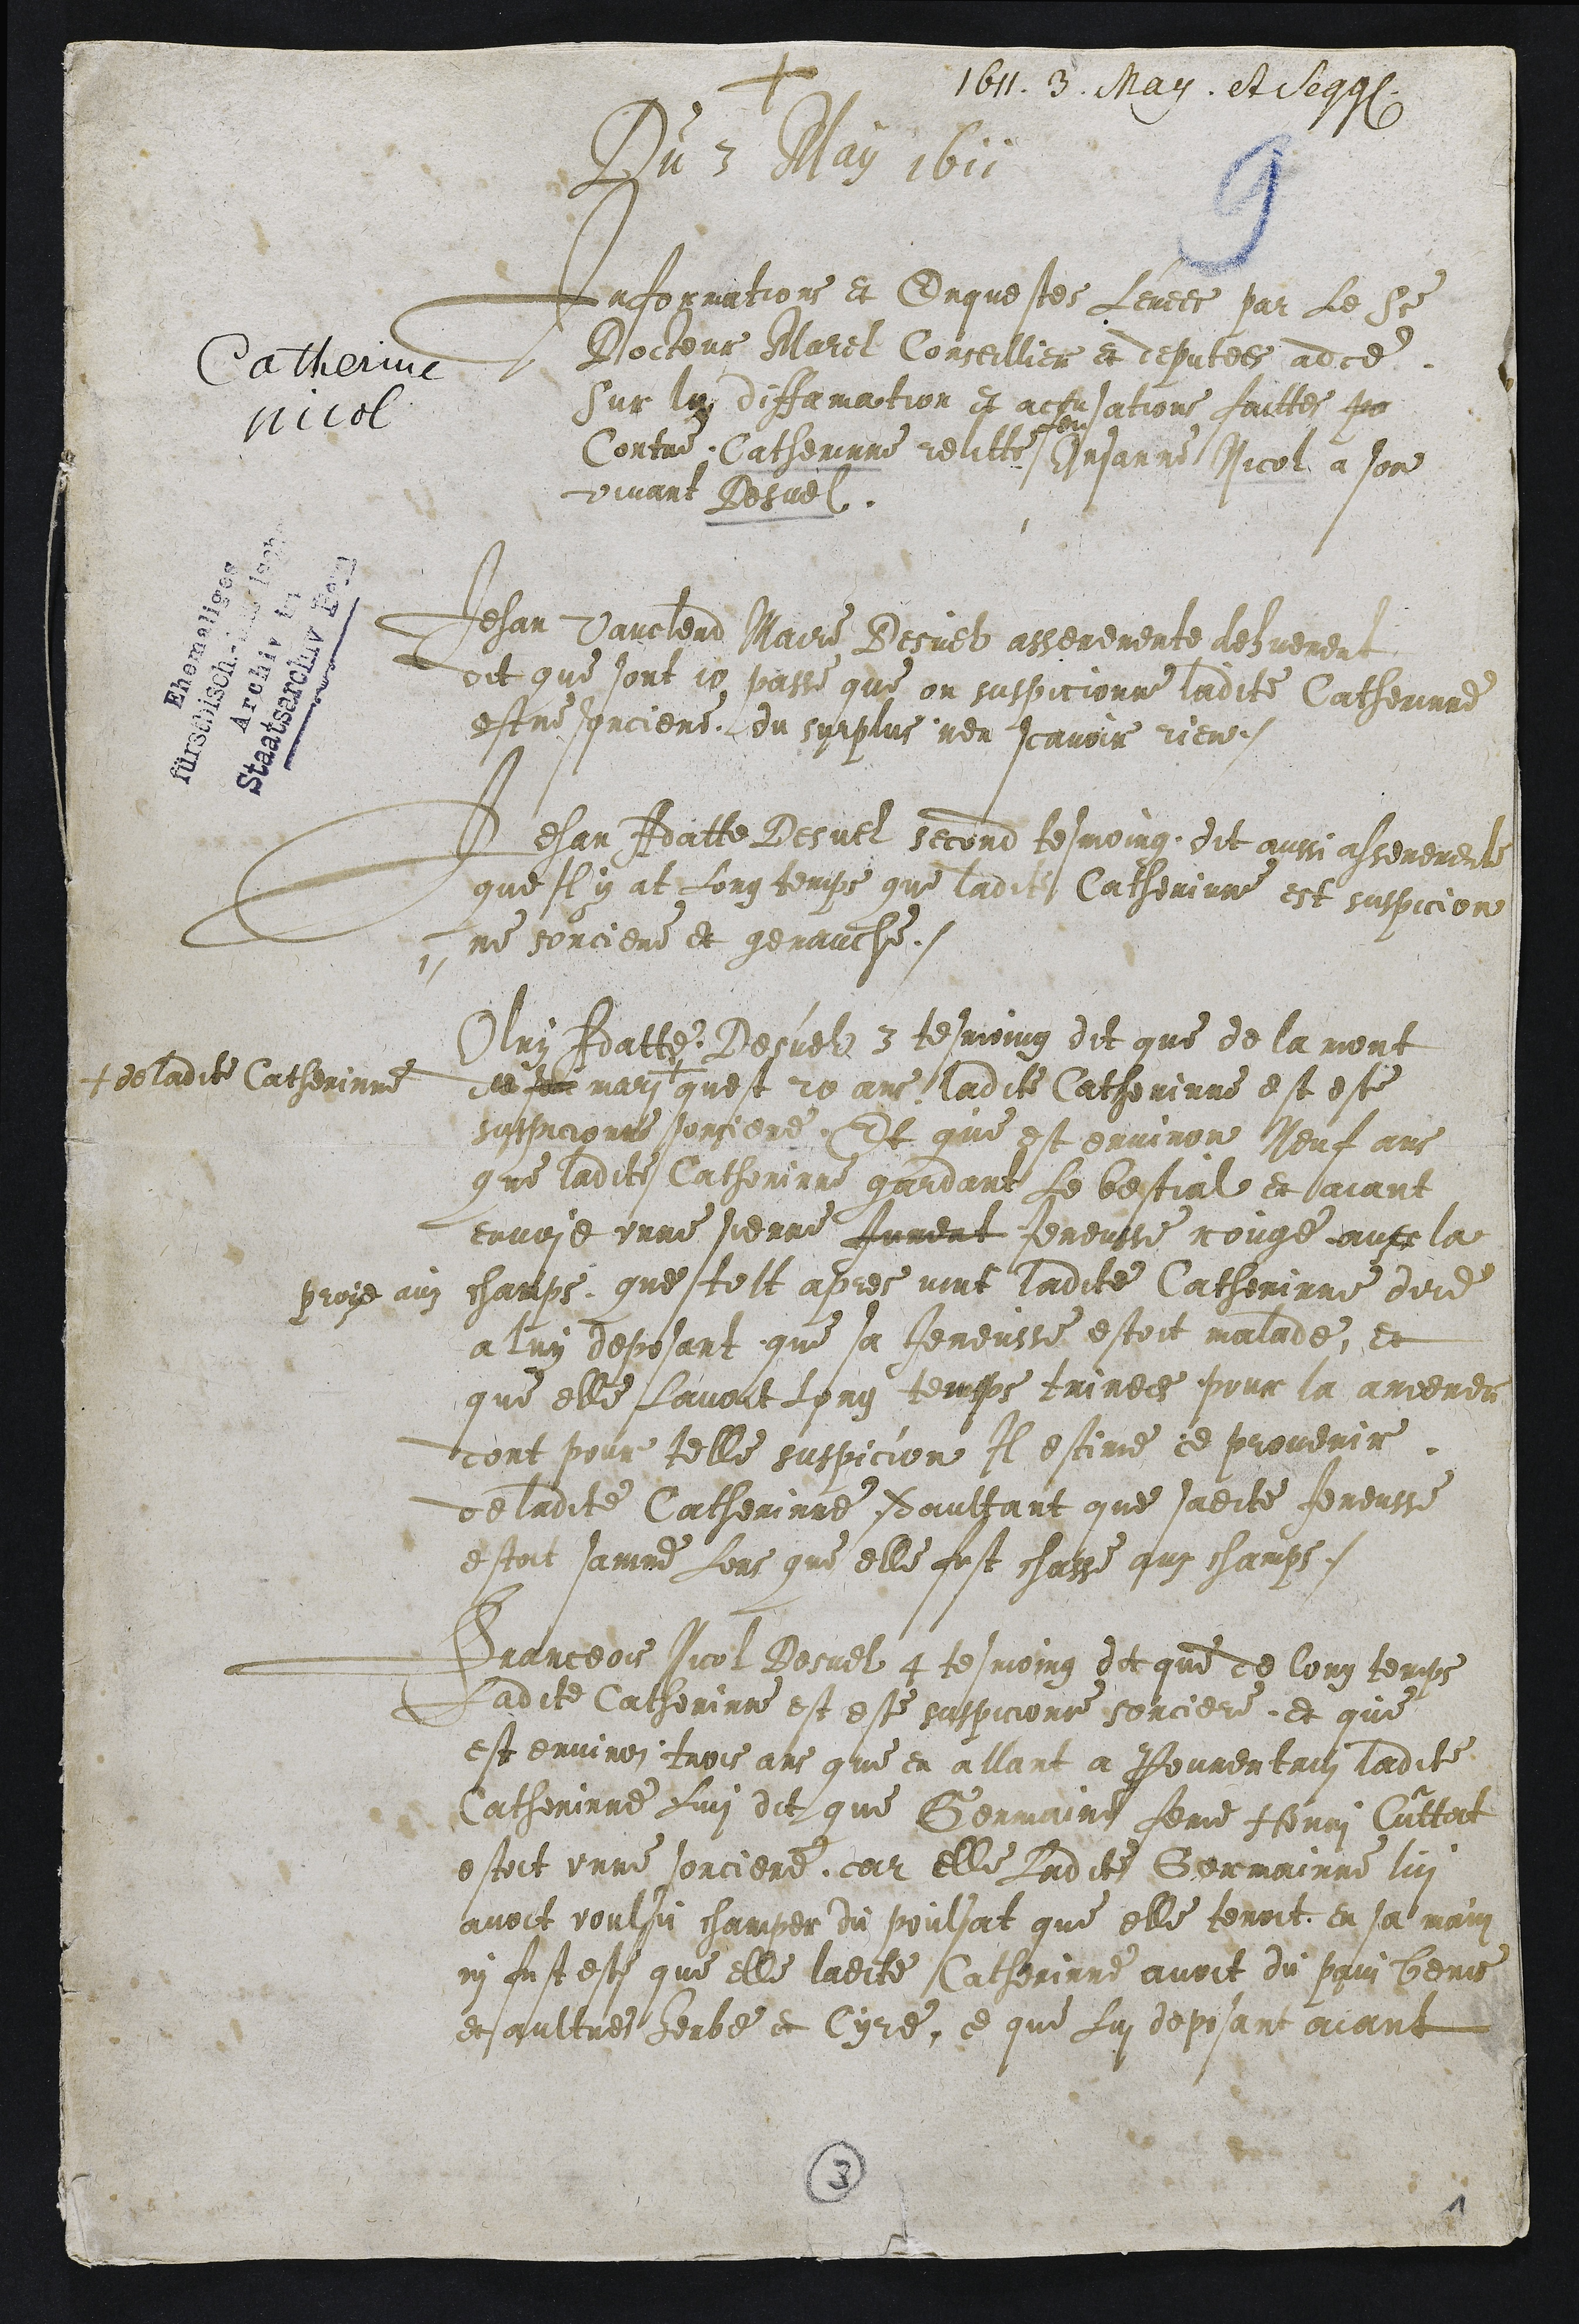
+ 1611. 3. May. et sequentibus
Du 3 May 1611
Informations et Enquestes levees par Le Sieur
Docteur Marel Conseillier et deputees ad ce
Sur les diffamation et accusations faittes pa
contre Catherine relitte
feu
Orsanne Nicol a son
vivant Desuel.
Jehan Vauclerd Maire Desuel asseremente dehuement
dit que sont 10 passe que on suspicionne ladite Catherinne
estre sorciere, du surplus nen scavoir rien.
Jehan Adatte Desuel second tesmoing dit aussi asseremente
que Il y at Long temps que ladite Catherinne est suspicion
-ne sorciere et genauche.
Olry Adatte Desuel 3 tesmoing dit que de la mort
du son mari +
+ de ladite Catherinne
quest 20 ans, ladite Catherinne est este
suspicionne sorciere, Et que est environ Neuf ans
que ladite Catherine gardant Le bestial et aiant
envoie unne sienne Jument Jeneusse rouge avec la
proye auz champs que tolt apres vint ladite Catherinne dire
a luy deposant que sa Jeneusse estoit malade, et
que elle Lavoit Long temps triree pour la amener
dont pour telle suspicion Il estime ce provenir
de ladite Catherinne, daultant que sadite Jeneusse
estoit sainne Lors que elle fust chasse aux champs.
Franceois Nicol Desuel 4 tesmoing dit que de long temps
Ladite Catherinne est este suspicione sorciere, et que
est environ trois ans que en allant a Pourentruy ladite
Catherinne Lui dit que Germaine feme Henri Cuttat
estoit unne sorciere, car elle Ladite Germainne lui
avoit voulsu champer du poulsat que elle tenoit en sa main
ni fust este que elle ladite Catherinne avoit du pain benis
et aultres herbe et Cyre, ce que Lui deposant aiant

3
1